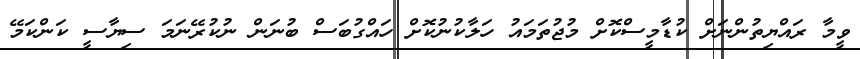
ވީމާ ރައްޔިތުންނަށް ކުޑާމީސްކޮށް މުޖުތަމައު ހަލާކުނުކޮށް ހައްގުބަސް ބުނަން ނުކުރޭނަމަ ސިޔާސީ ކަންކަމޭ